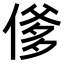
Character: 𬿇